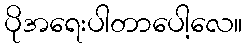
ပိုအရေးပါတာပေါ့လေ။